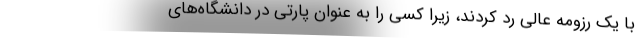
با یک رزومه عالی رد کردند، زیرا کسی را به عنوان پارتی در دانشگاه‌های